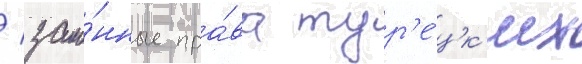
/ зако́нные пра́ва тур'е́цк'их